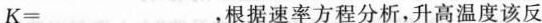
$$K = ___$$，根据速率方程分析，升高温度该反